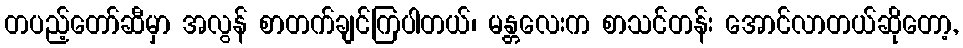
တပည့်တော်ဆီမှာ အလွန် စာတက်ချင်ကြပါတယ်၊ မန္တလေးက စာသင်တန်း အောင်လာတယ်ဆိုတော့,